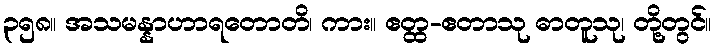
၃၅၈။ အသမန္နာဟာရတောတိ၊ ကား။ ဧတ္ထ-ဧတာသု ဓာတူသု၊ တို့တွင်။